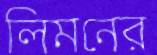
লিমনের